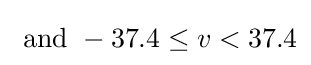
{\text{ and }}-37.4\leq v<37.4